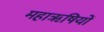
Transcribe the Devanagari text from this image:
महाॠषियों